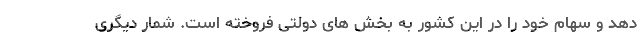
دهد و سهام خود را در این کشور به بخش های دولتی فروخته است. شمار دیگری